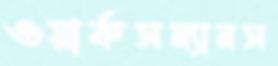
ওয়ার্কসম্যানস